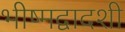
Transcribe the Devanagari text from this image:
भीष्मद्वादशी